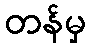
တန်မှ